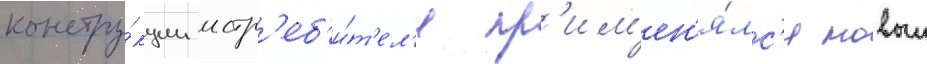
констру́кции истр'еб'и́т'ел'я пр'им'ен'я́лс'я новыи